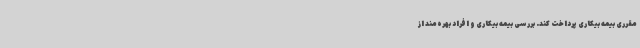
مقرری بیمه بیکاری پرداخت کند. بررسی بیمه بیکاری و افراد بهره‌مند از